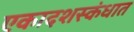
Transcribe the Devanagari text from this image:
एकादशस्‍कंधात